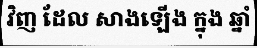
វិញ ដែល សាងឡើង ក្នុង ឆ្នាំ